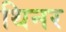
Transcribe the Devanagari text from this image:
थिनर